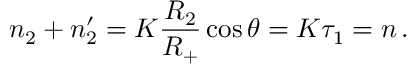
n _ { 2 } + n _ { 2 } ^ { \prime } = K \frac { R _ { 2 } } { R _ { + } } \cos \theta = K \tau _ { 1 } = n \, .